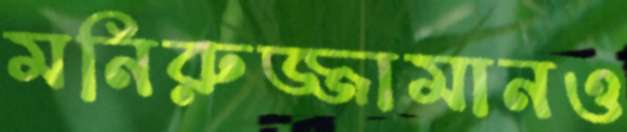
মনিরুজ্জামানও